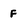
Character: F